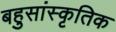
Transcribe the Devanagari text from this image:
बहुसांस्‍कृतिक